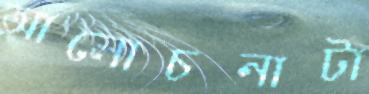
আলোচনাটা